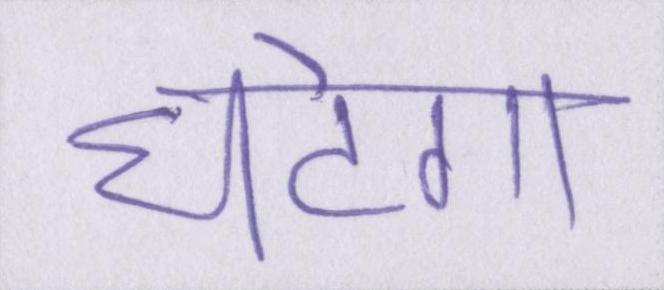
घटेगा